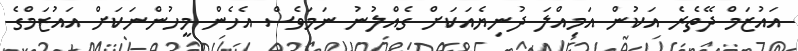
އައުޒަމް ދޭތެރެ އަކުން އަމިއްލަ ދުނިޔެއަކަށް ގެއްލުނު ނަމަވެސް އެހެން މީހުންނަކަށް އައުޒަމްގެ